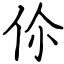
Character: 伱